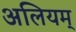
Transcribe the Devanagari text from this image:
अलियम्